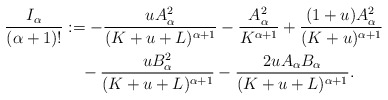
\begin{align*}\frac{I_{\alpha}}{(\alpha+1)!}&:=-\frac{uA_{\alpha}^2}{(K+u+L)^{\alpha+1}}-\frac{A_{\alpha}^2}{K^{\alpha+1}}+\frac{(1+u)A_{\alpha}^2}{(K+u)^{\alpha+1}}\\&\quad-\frac{uB_{\alpha}^2}{(K+u+L)^{\alpha+1}}-\frac{2uA_{\alpha}B_{\alpha}}{(K+u+L)^{\alpha+1}}.\end{align*}